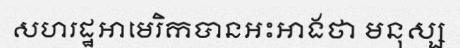
សហរដ្ឋអាមេរិកបានអះអាងថា មនុស្ស